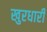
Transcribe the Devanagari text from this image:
खुरधारी